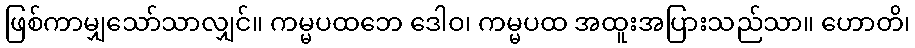
ဖြစ်ကာမျှသော်သာလျှင်။ ကမ္မပထဘေ ဒေါဝ၊ ကမ္မပထ အထူးအပြားသည်သာ။ ဟောတိ၊